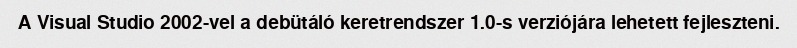
A Visual Studio 2002-vel a debütáló keretrendszer 1.0-s verziójára lehetett fejleszteni.